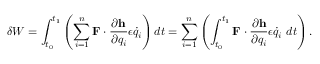
\delta W = \int _ { t _ { 0 } } ^ { t _ { 1 } } \left( \sum _ { i = 1 } ^ { n } \mathbf { F } \cdot { \frac { \partial \mathbf { h } } { \partial q _ { i } } } \epsilon { \dot { q } } _ { i } \right) d t = \sum _ { i = 1 } ^ { n } \left( \int _ { t _ { 0 } } ^ { t _ { 1 } } \mathbf { F } \cdot { \frac { \partial \mathbf { h } } { \partial q _ { i } } } \epsilon { \dot { q } } _ { i } ~ d t \right) .